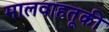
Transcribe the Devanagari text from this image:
मालवाहतूकी